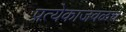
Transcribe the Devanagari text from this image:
प्रत्येकाजवळच